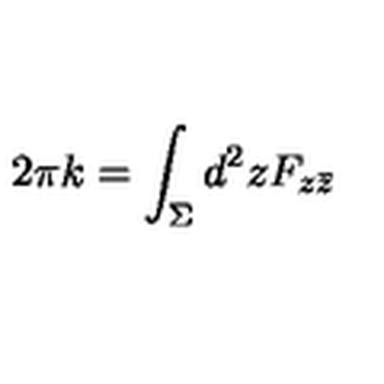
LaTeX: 2 \pi k = \int _ { \Sigma } d ^ { 2 } z F _ { z \bar { z } }